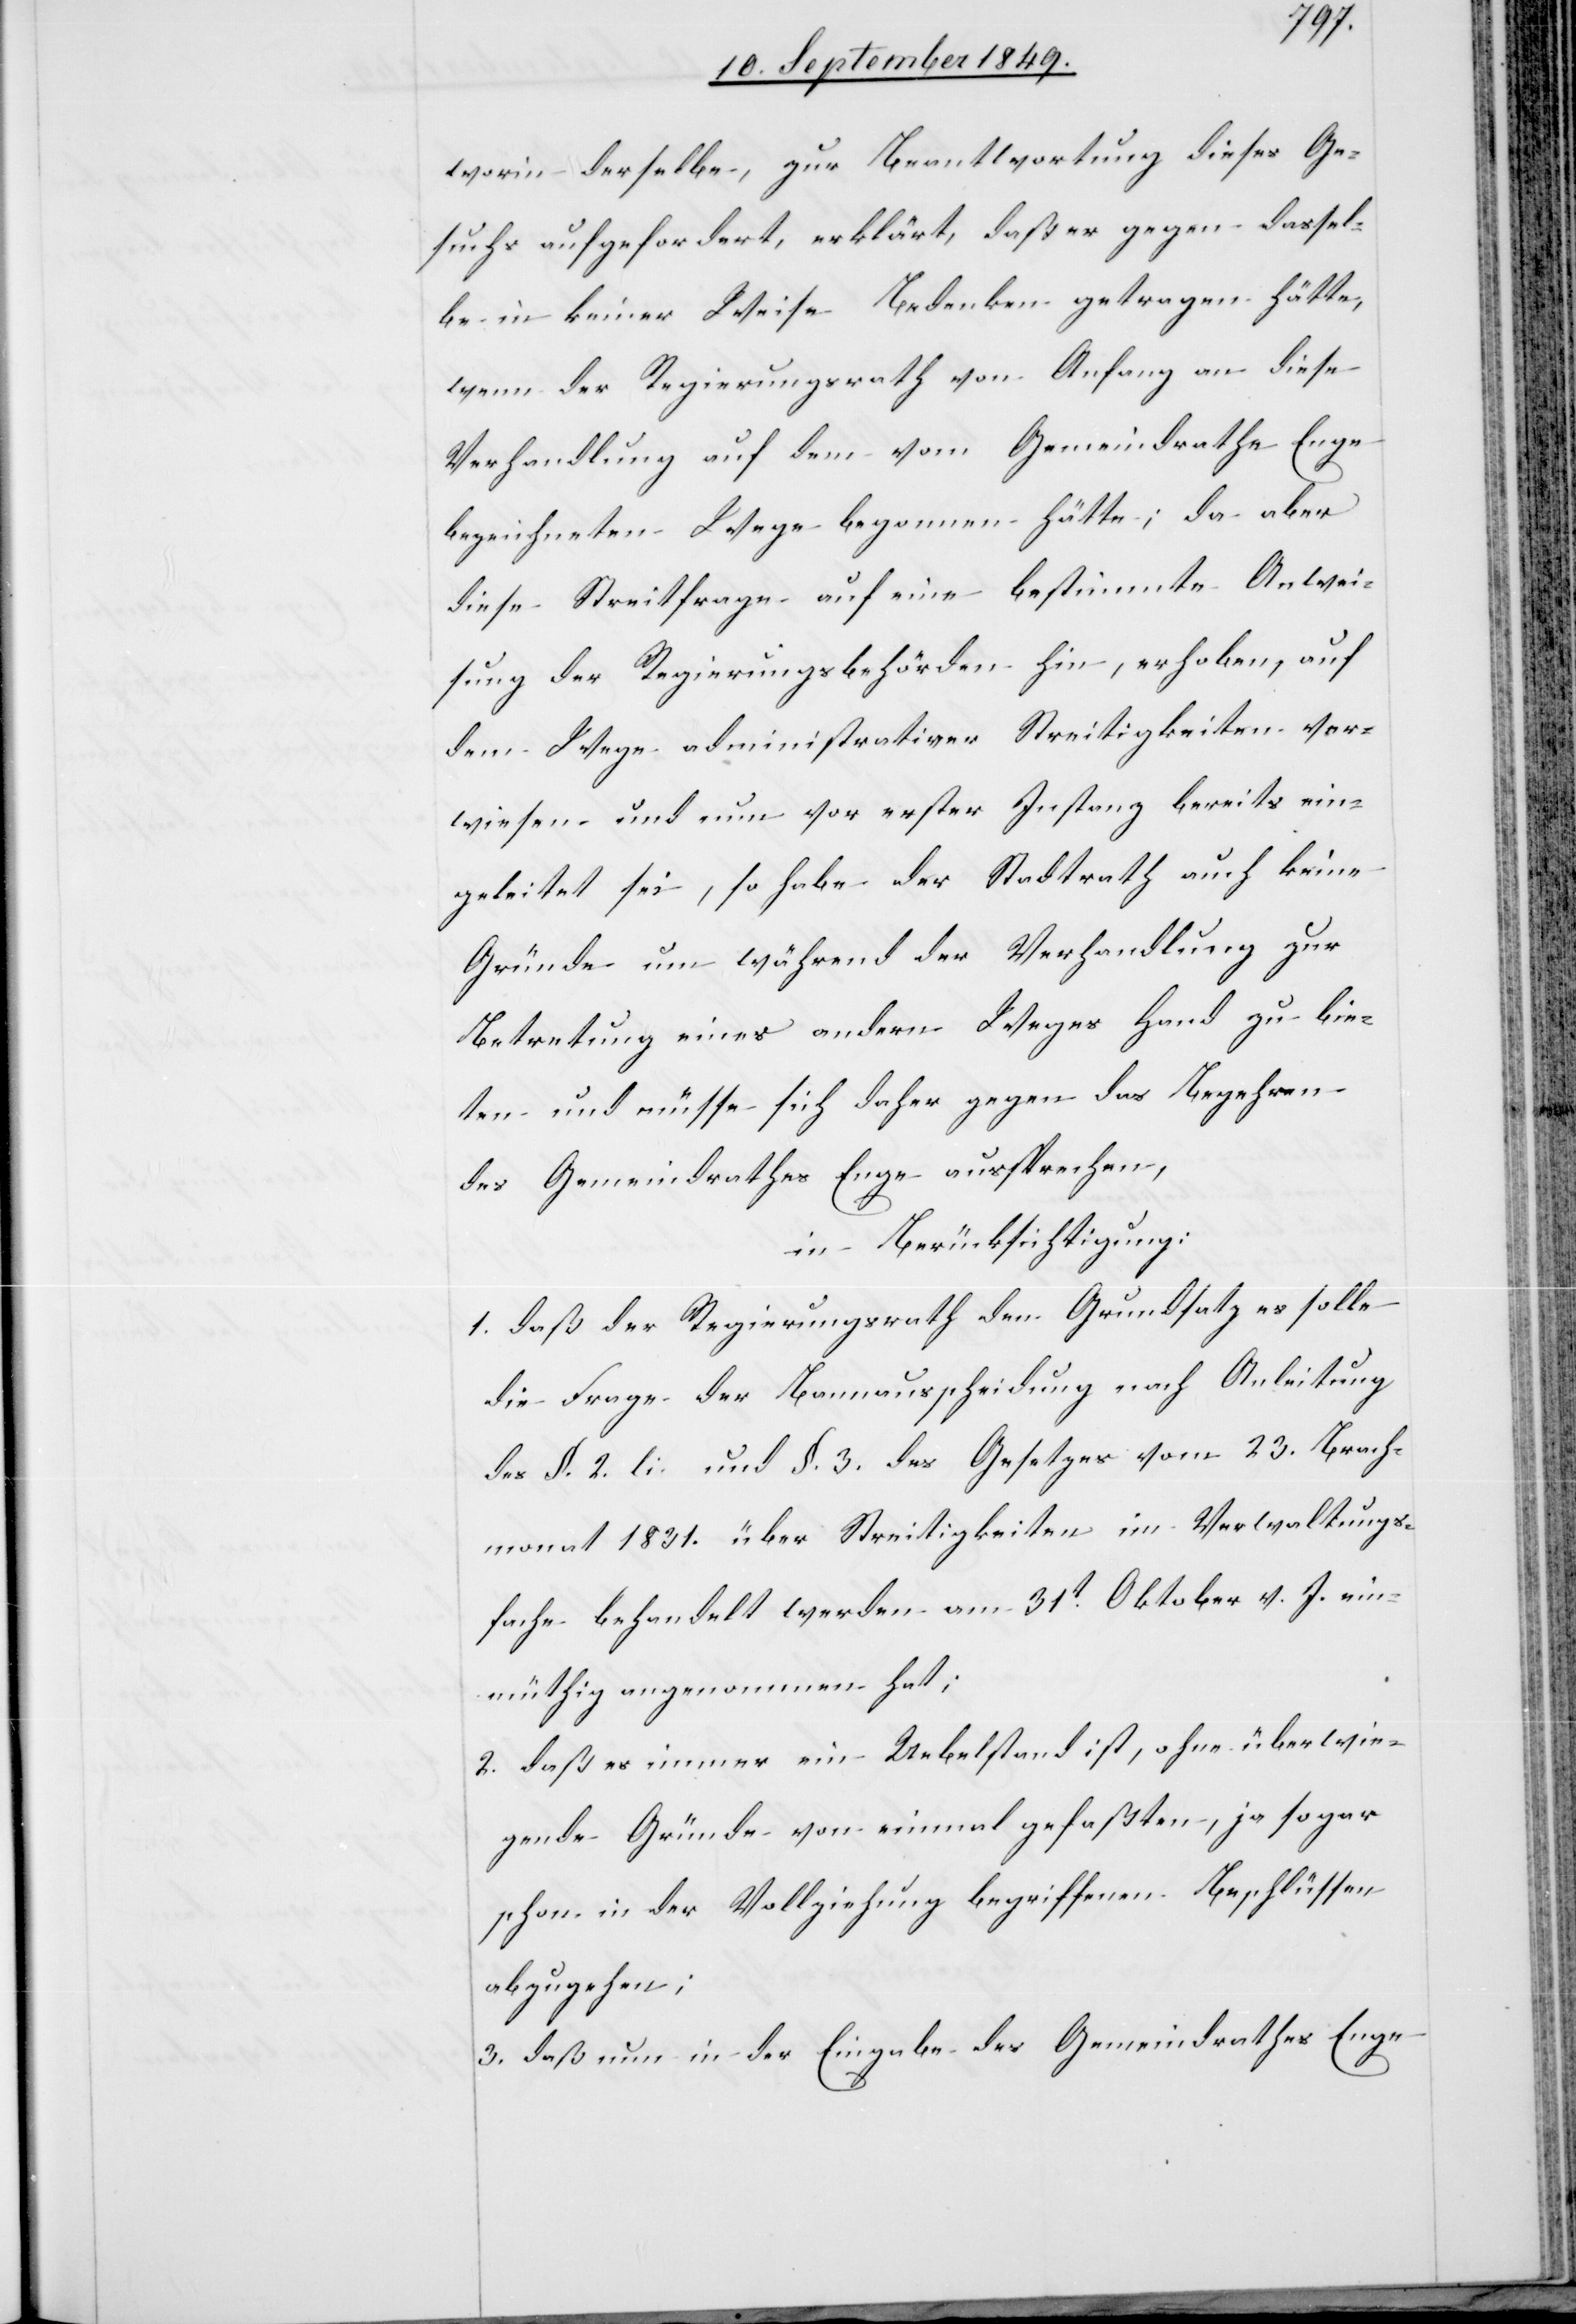
worin derselbe, zur Beantwortung dieses Ge¬
suchs aufgefordert, erklärt, daß er gegen dassel¬
be in keiner Weise Bedenken getragen hätte,
wenn der Regierungsrath von Anfang an diese
Verhandlung auf dem vom Gemeindrathe Enge
bezeichneten Wege begonnen hätte; da aber
diese Streitfrage auf eine bestimmte Anwei¬
sung der Regierungsbehörden hin, erhoben, auf
dem Wege administrativer Streitigkeiten ver¬
weisen und nun vor erster Instanz bereits ein¬
geleitet sei, so habe der Stadtrath auch keine
Gründe um während der Verhandlung zur
Betretung eines andern Weges Hand zu bie¬
ten und müsse sich daher gegen das Begehren
des Gemeindrathes Enge aussprechen,
in Berücksichtigung:
1. daß der Regierungsrath dem Grundsatz es solle
die Frage der Bannausscheidung nach Anleitung
des §. 2. li. und §. 3. des Gesetzes vom 23. Brach¬
monat 1831. über Streitigkeiten im Verwaltungs¬
fache behandelt werden am 31t Oktober v. J. ein¬
müthig angenommen hat;
2. daß es immer ein Uebelstand ist, ohne überwie¬
gende Gründe von einmal gefaßten, ja sogar
schon in der Vollziehung begriffenen Beschlüssen
abzugehen;
3. daß nun in der Eingabe des Gemeindrathes Enge